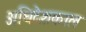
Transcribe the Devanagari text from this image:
अधिदेशकाल